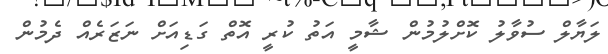
ލަޔާލް ސުވާލު ކޮށްލުމުން ޝާމީ އަތު ކުރީ އޮތް ގަޑިއަށް ނަޒަރެއް ދެމުން